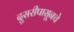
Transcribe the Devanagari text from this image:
दुसरीपासूनचे